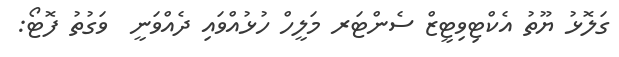
ގަލޮޅު ޔޫތު އެކްޓިވިޓީޒް ސެންޓަރ މަލީހް ހުޅުއްވައި ދެއްވަނީ  ވަގުތު ފޮޓޯ: